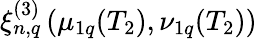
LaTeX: \xi_{n,q}^{(3)}\left(\mu_{1q}(T_{2}),\nu_{1q}(T_{2})\right)